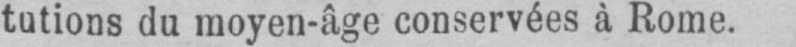
tutions du moyen-âge conservées à Rome.